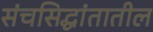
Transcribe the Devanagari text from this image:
संचसिद्धांतातील